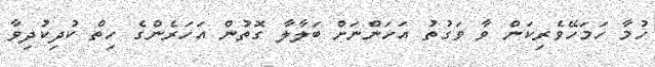
ހުމާ ހަމަހޭވެރިކަން ވާ ވަގުތު އަހަންނަށް ބަލާލާ ގޮތުން އަހަރެންގެ ހިތް ކުދިކުދިވާ